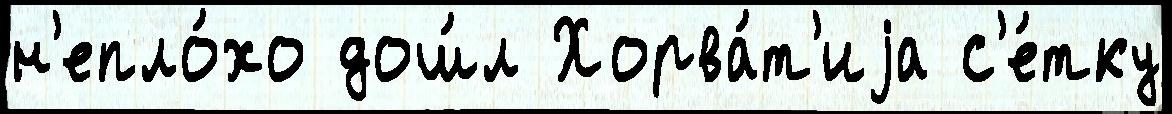
н'епло́хо дош́л Хорва́т'иjа с'е́тку